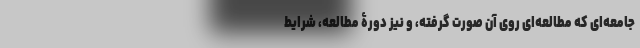
جامعه‌ای که مطالعه‌ای روی آن صورت گرفته، و نیز دورۀ مطالعه، شرایط